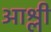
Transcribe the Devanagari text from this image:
आश्ली